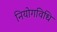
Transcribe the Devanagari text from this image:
नियोगविधि